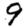
Digit: 9